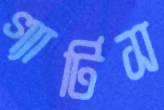
গ্যাটিস